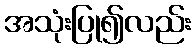
အသုံးပြု၍လည်း